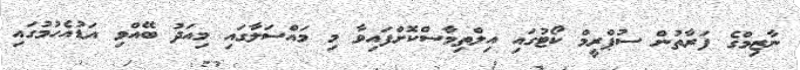
ނާޒިމްގެ ފަރާތުން ސުޕްރީމް ކޯޓުގައި އިލްތިމާސްކޮށްފައިވާ މި މައްސަލާގައި މިއަދު ބޭއްވި އަޑުއެހުމުގައި